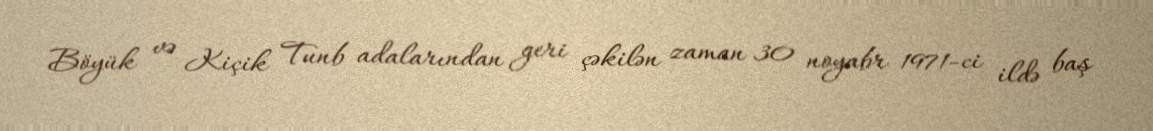
Böyük və Kiçik Tunb adalarından geri çəkilən zaman 30 noyabr 1971-ci ildə baş